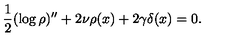
\frac { 1 } { 2 } ( \log \rho ) ^ { \prime \prime } + 2 \nu \rho ( x ) + 2 \gamma \delta ( x ) = 0 .